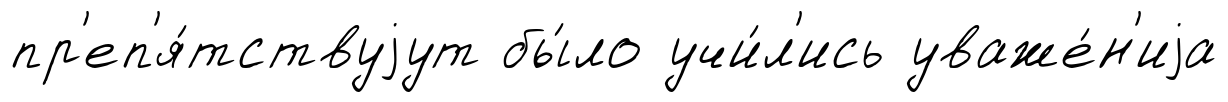
пр'еп'я́тствуjут бы́ло учи́л'ись уваже́н'иjа